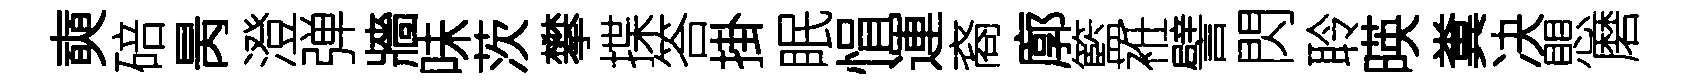
奭碚昺澄弹牆味茨攀揲答掛眠悁運裔廓籃袵譬閃聆暎糞决愳磨